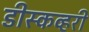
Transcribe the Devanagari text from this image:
डीस्कव्हरी